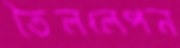
তৈললেপন